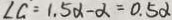
\angle G = 1 . 5 \alpha - \alpha = 0 . 5 \alpha